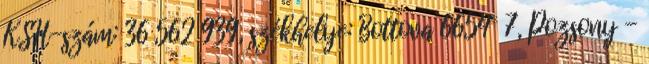
KSH-szám: 36 562 939, székhelye: Bottova 6654 7, Pozsony -